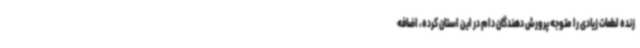
زنده لطمات زیادی را متوجه پرورش دهندگان دام در این استان کرده، اضافه